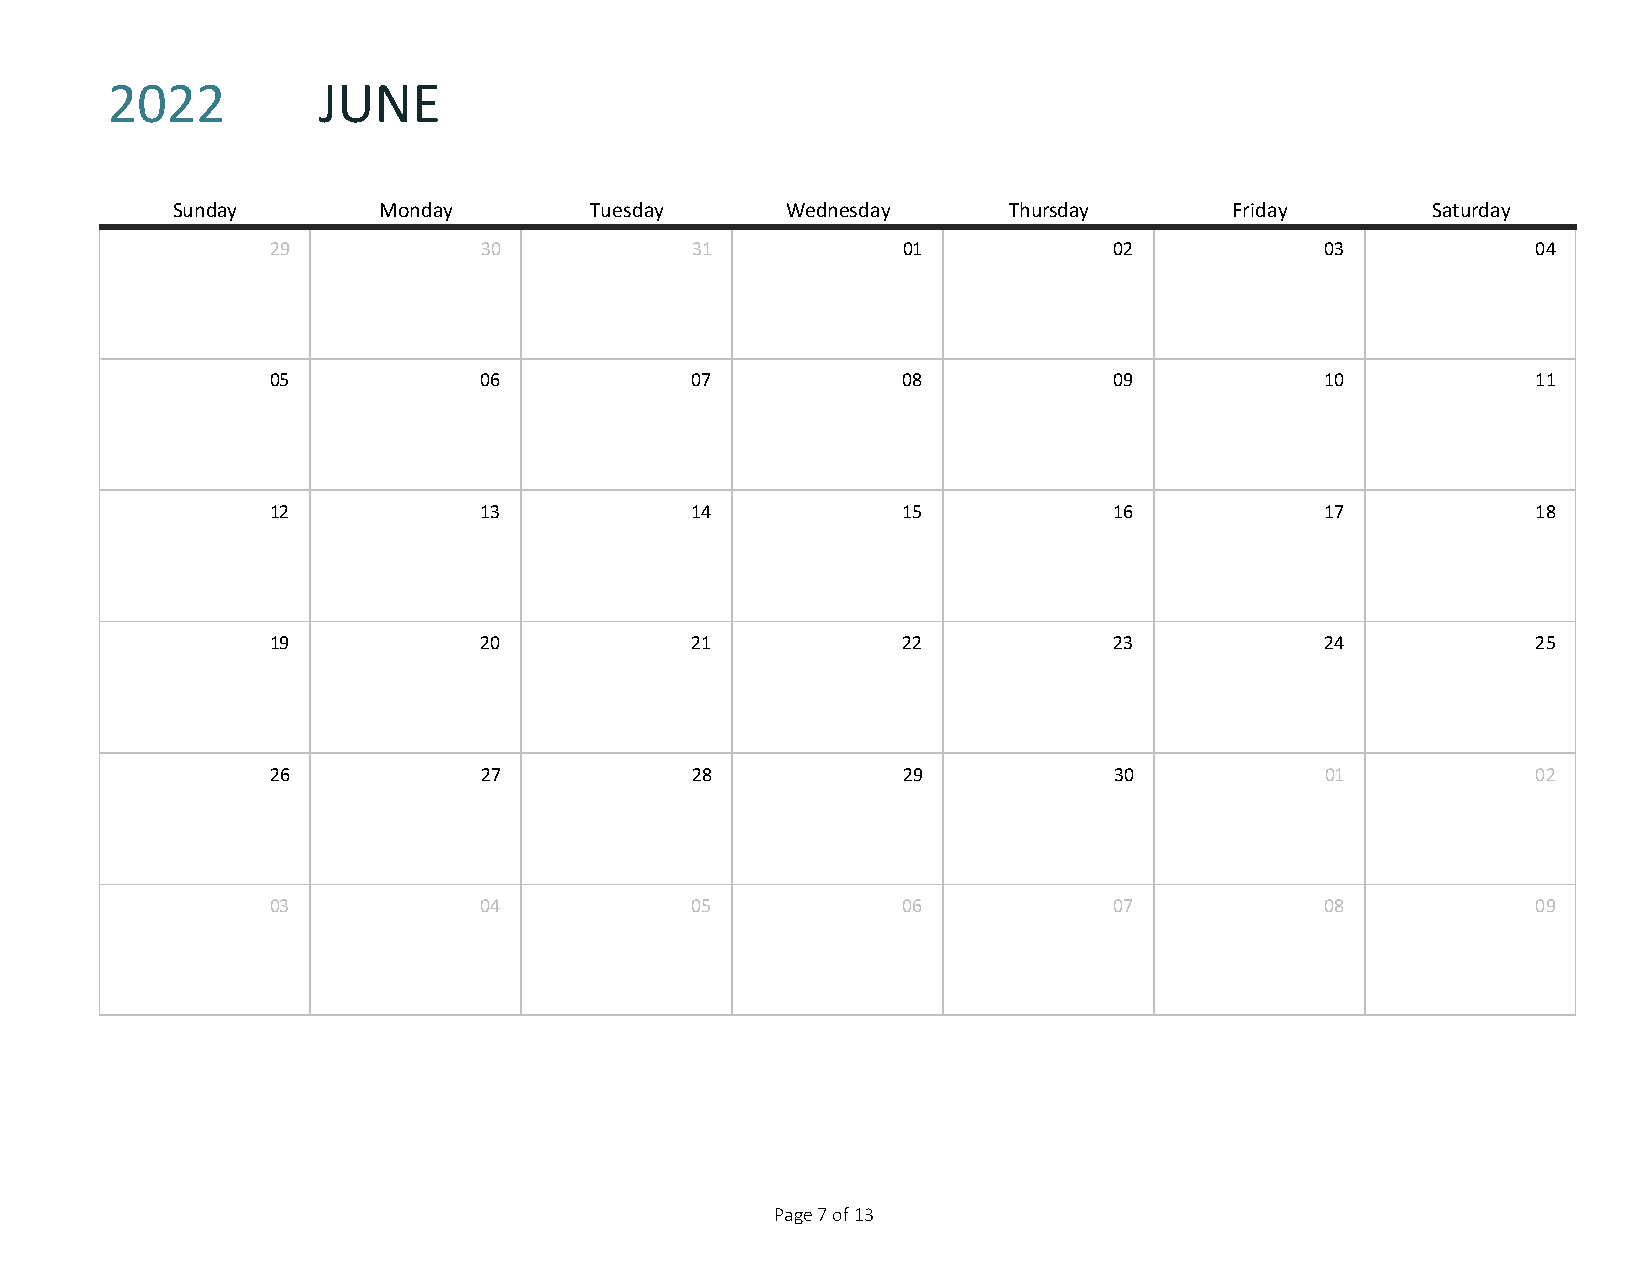
2022          JUNE
 SUNDAY
 Sunday        Monday        Tuesday      Wednesday      Thursday       Friday       Saturday
 29            30            31            01            02            03            04
 05            06            07            08            09            10            11
 12            13            14            15            16            17            18
 19            20            21            22            23            24            25
 26            27            28            29            30            01            02
 03            04            05            06            07            08            09
 Page 7 of 13